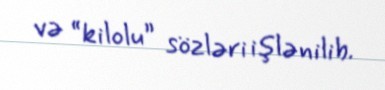
və “kilolu” sözləri işlənilib.